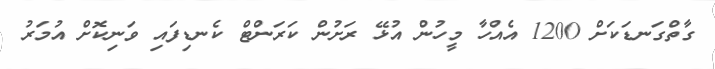
ގާތްގަނޑަކަށް 1200 އެއްހާ މީހުން އުޅޭ ރަށުން ކަރަންޓް ކެނޑިފައި ވަނިކޮށް އުމަރު